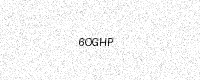
Text: 6OGHP